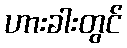
ဟားခါးတွင်